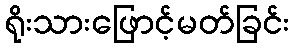
ရိုးသားဖြောင့်မတ်ခြင်း